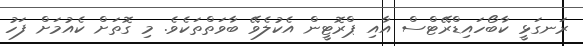
ރަނގަޅީ ކާބޯހައިޑްރޭޓްސް އާއި ޕްރޮޓީން އެކުލެވޭ ބާވަތްތަކެވެ. މި ގޮތަށް ކެއުމަށް ފަހު